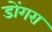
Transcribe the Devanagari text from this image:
डोंगरा